Civil Veterinary Dept. Bombay admin report 1914-1922 - 1914-1922
Year: 1914
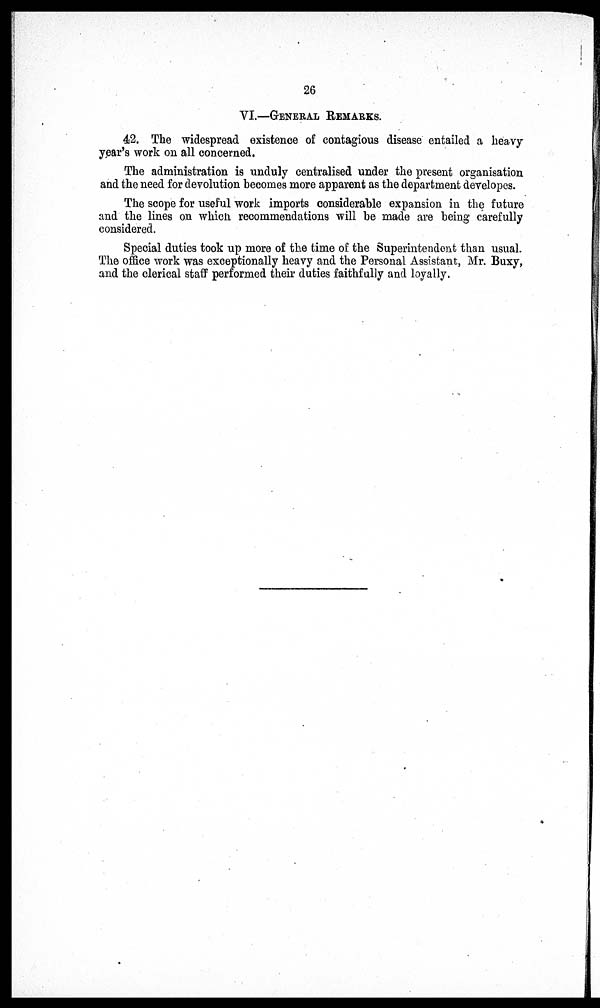
26
VI.—GENERAL REMARKS.
42. The widespread existence of contagious disease entailed a heavy
year's work on all concerned.
The administration is unduly centralised under the present organisation
and the need for devolution becomes more apparent as the department developes.
The scope for useful work imports considerable expansion in the future
and the lines on which recommendations will be made are being carefully
considered.
Special duties took up more of the time of the Superintendent than usual.
The office work was exceptionally heavy and the Personal Assistant, Mr. Buxy,
and the clerical staff performed their duties faithfully and loyally.